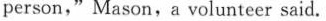
person," Mason,a volunteer said.